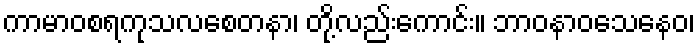
ကာမာဝစရကုသလစေတနာ၊ တို့လည်းကောင်း။ ဘာဝနာဝသေနေဝ၊